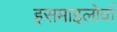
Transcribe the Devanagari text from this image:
इसमाइलोर्वा